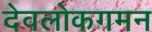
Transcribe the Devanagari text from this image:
देवलोकगमन